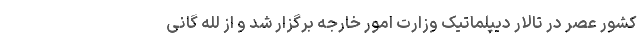
کشور عصر در تالار دیپلماتیک وزارت امور خارجه برگزار شد و از لله گانی